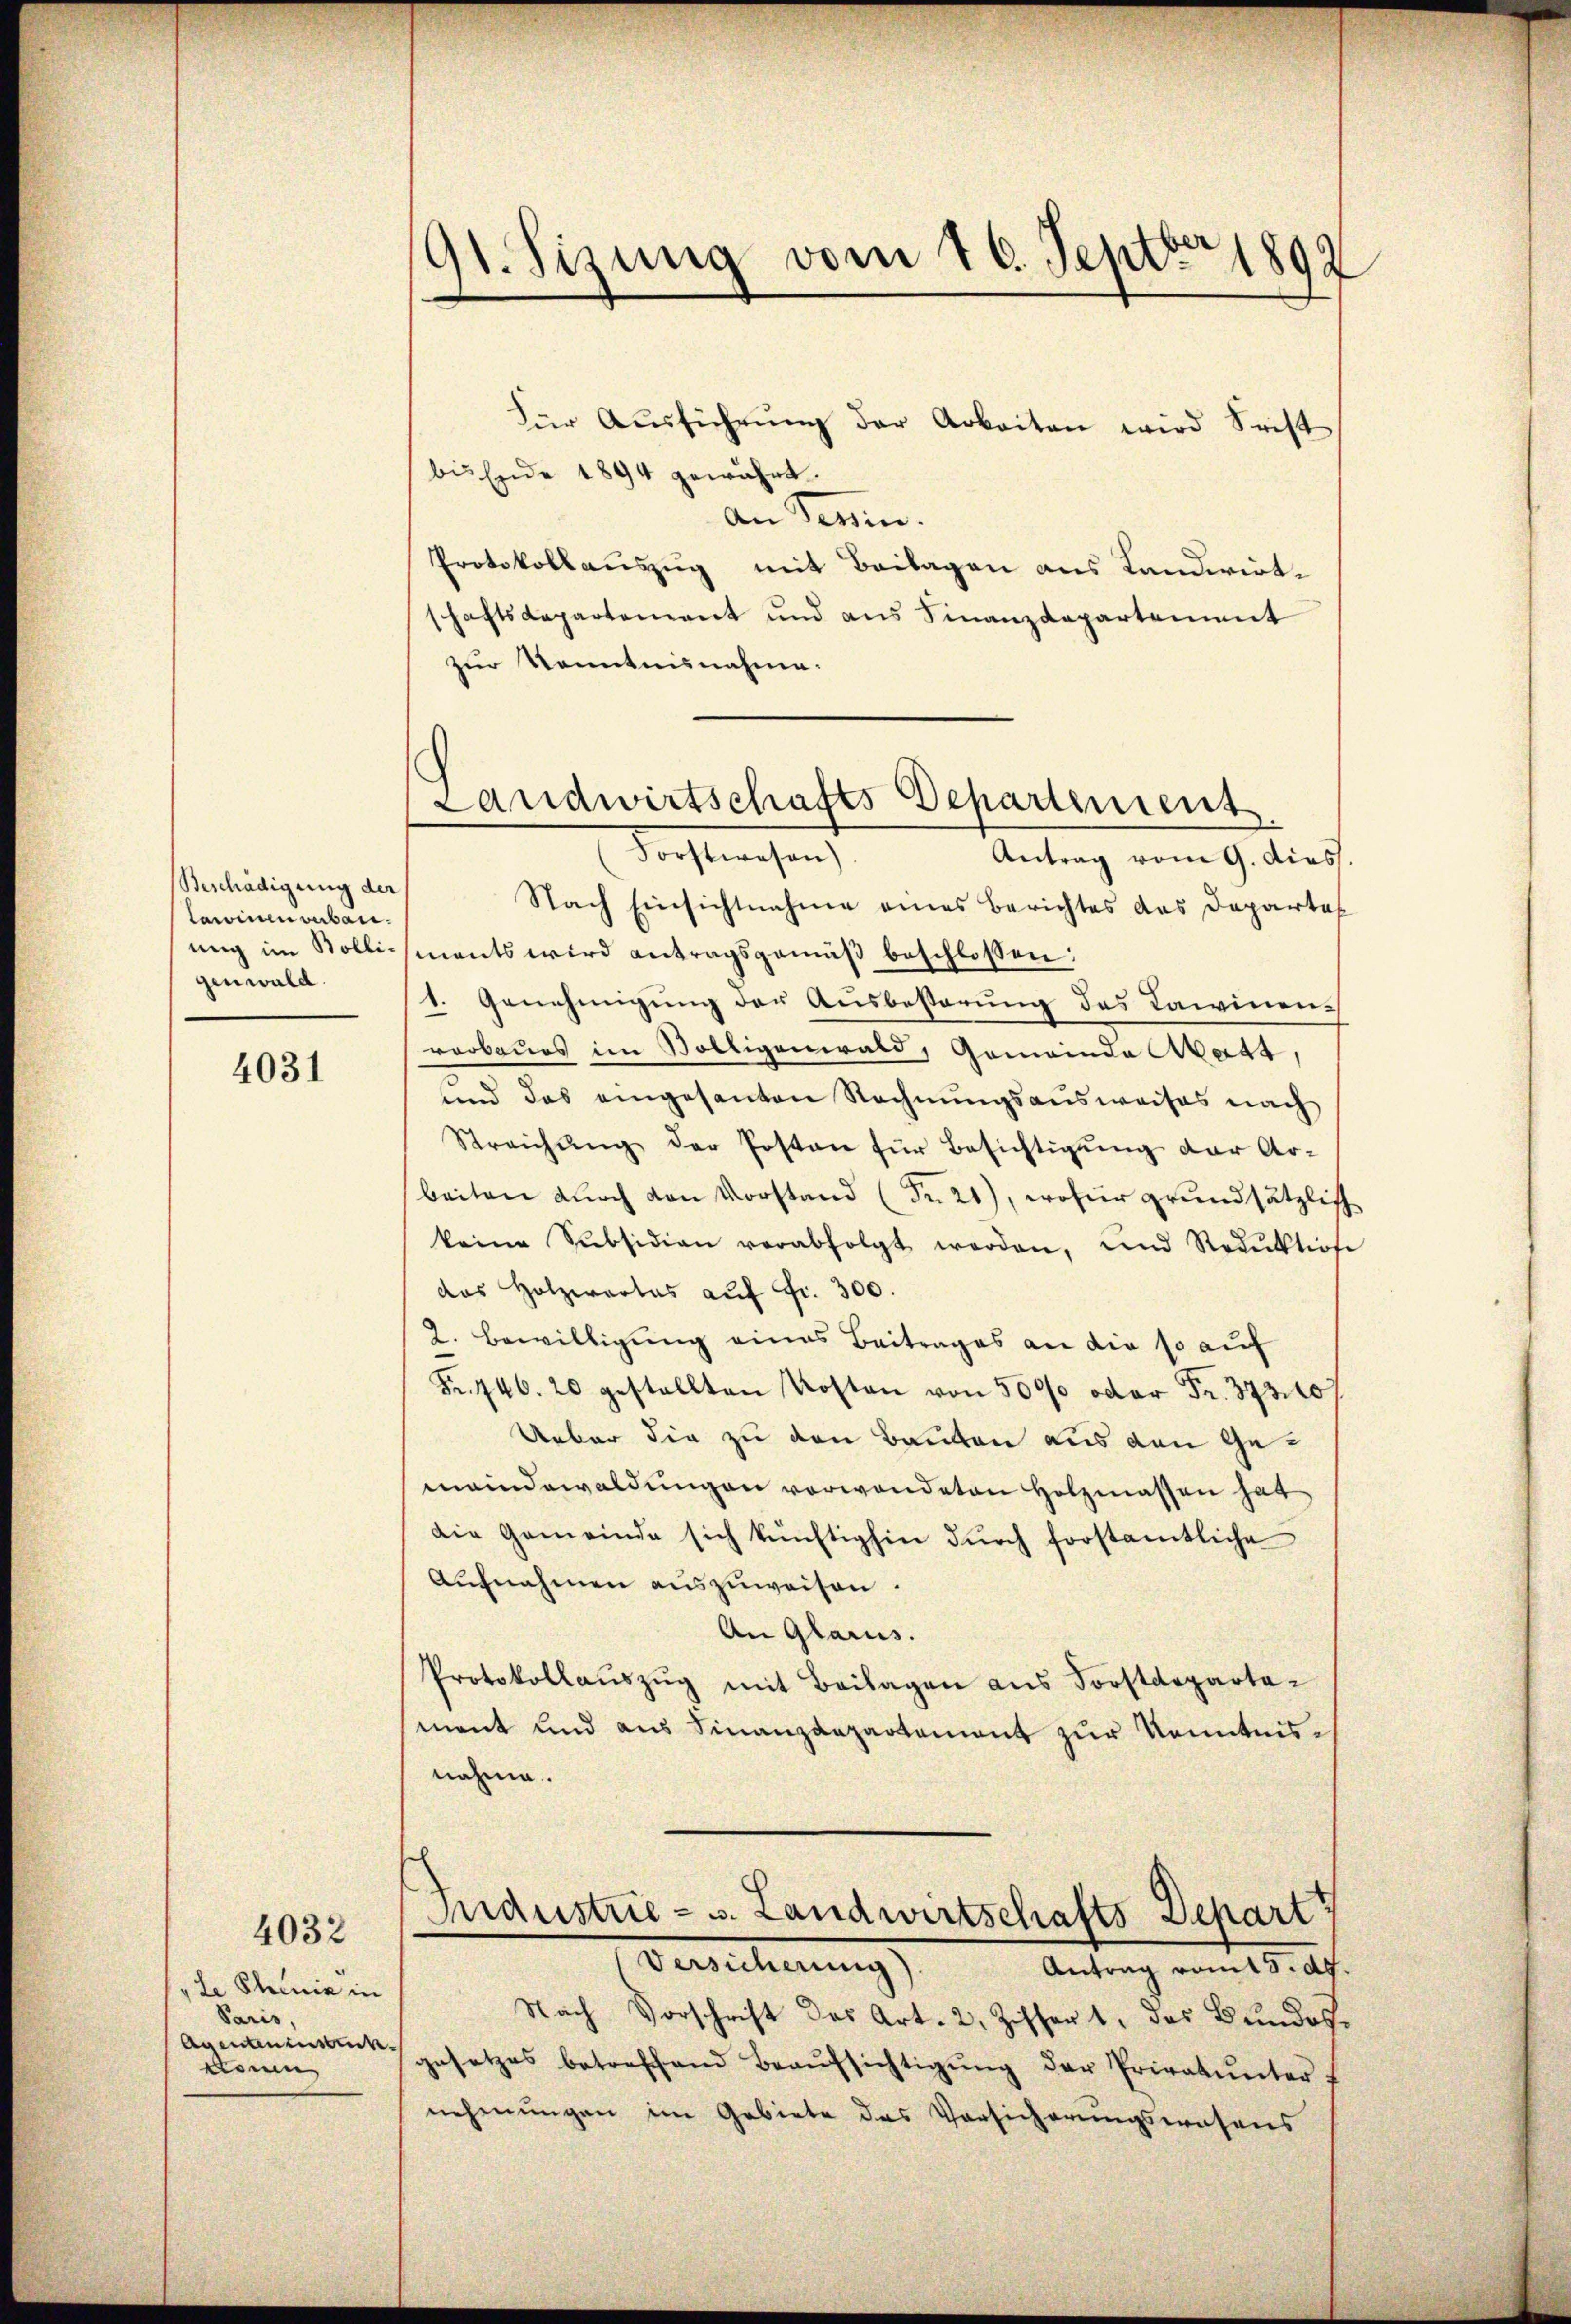
Beschädigung der
Carvinen verbauung im Bolligenwald.

4031

4032

"le Schinia in
Paris,
Agentenzustricke
den

91. Sizung vom 16. Septbr 1892

für Aŭsführŭng der Arbeiten wird Frist
bis Ende 1894 gewährt.
An Termin.
Protokollauszug mit Beilagen aus Landwirtschaftsdepartement und aus Finanzdepartement
zur Kenntnisnahme.
Antrag vom 9. dies.
Nach Einsichtnahme eines Berichtes das Departes
ments wird antragsgemäß beschlossen:
1. Genehmigung der Ausbestörung des Lawinenroobaues im Völligenwald, Gemeinde Watt,
und das eingesanten Rechnungsausweises nach
Streichŭng der Posten für Besichtigŭng der Ar-
beiten dŭrch von Vorstand (Nr. 21), wofür grundsätzlich
keine Subsidian verabfolgt werden, und Reduktione
das Holzwertes auf Fr. 300.
2. Bewilligung eines Beitrages an die so auf
Fr. 446. 20 gestellten Kosten von 500 oder Fr. 373. 107
Ueber die zu den Bauten aus den Gemeindewaldungen verwendeten Holzmassen hat
die Gemeinde sich künftighin dŭrch forstamtliche
Aufnahmen auszuweisen.
An Glarus.
Protokollaŭszŭg mit Beilagen aus Forstdepartamant und aus Finanzdepartement zur Kenntnisnahme.

Landwirtschafts Departement
Forstwesen)

Industrie - s. Landwirtschafts-Depart
Versicherung)
Antrag vom 5. ds.

Nach Vorschrift des Art. 2, Ziffert, das Bundesgesetzes betreffend Beaŭfsichtigŭng der Privatunter-
nehmungen im Gebiete das Vorsicherungswesens